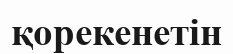
қорекенетін